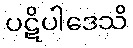
ပဋိပါဒေသိ